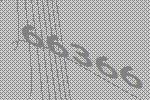
66366